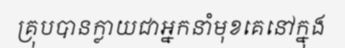
គ្រុបបានក្លាយជាអ្នកនាំមុខគេនៅក្នុង